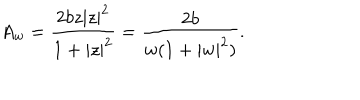
LaTeX: A _ { w } = \frac { 2 b z | z | ^ { 2 } } { 1 + | z | ^ { 2 } } = \frac { 2 b } { w ( 1 + | w | ^ { 2 } ) } .